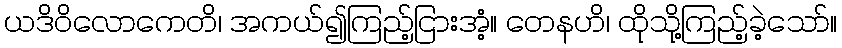
ယဒိဝိလောကေတိ၊ အကယ်၍ကြည့်ငြားအံ့။ တေနဟိ၊ ထိုသို့ကြည့်ခဲ့သော်။